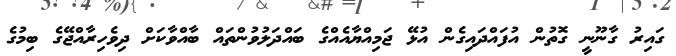
ގައިރު ގާނޫނީ ގޮތުން އުފައްދައިގެން އުޅޭ ޖަމިއްޔާއެއްގެ ބައްދަލުވުންތައް ބާއްވާކަށް ދިވެހިރާއްޖޭގެ ބިމުގެ